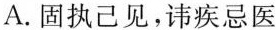
A. 固执己见，讳疾忌医